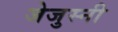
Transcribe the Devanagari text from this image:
जेजुस्नी